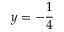
y = - { \frac { 1 } { 4 } }